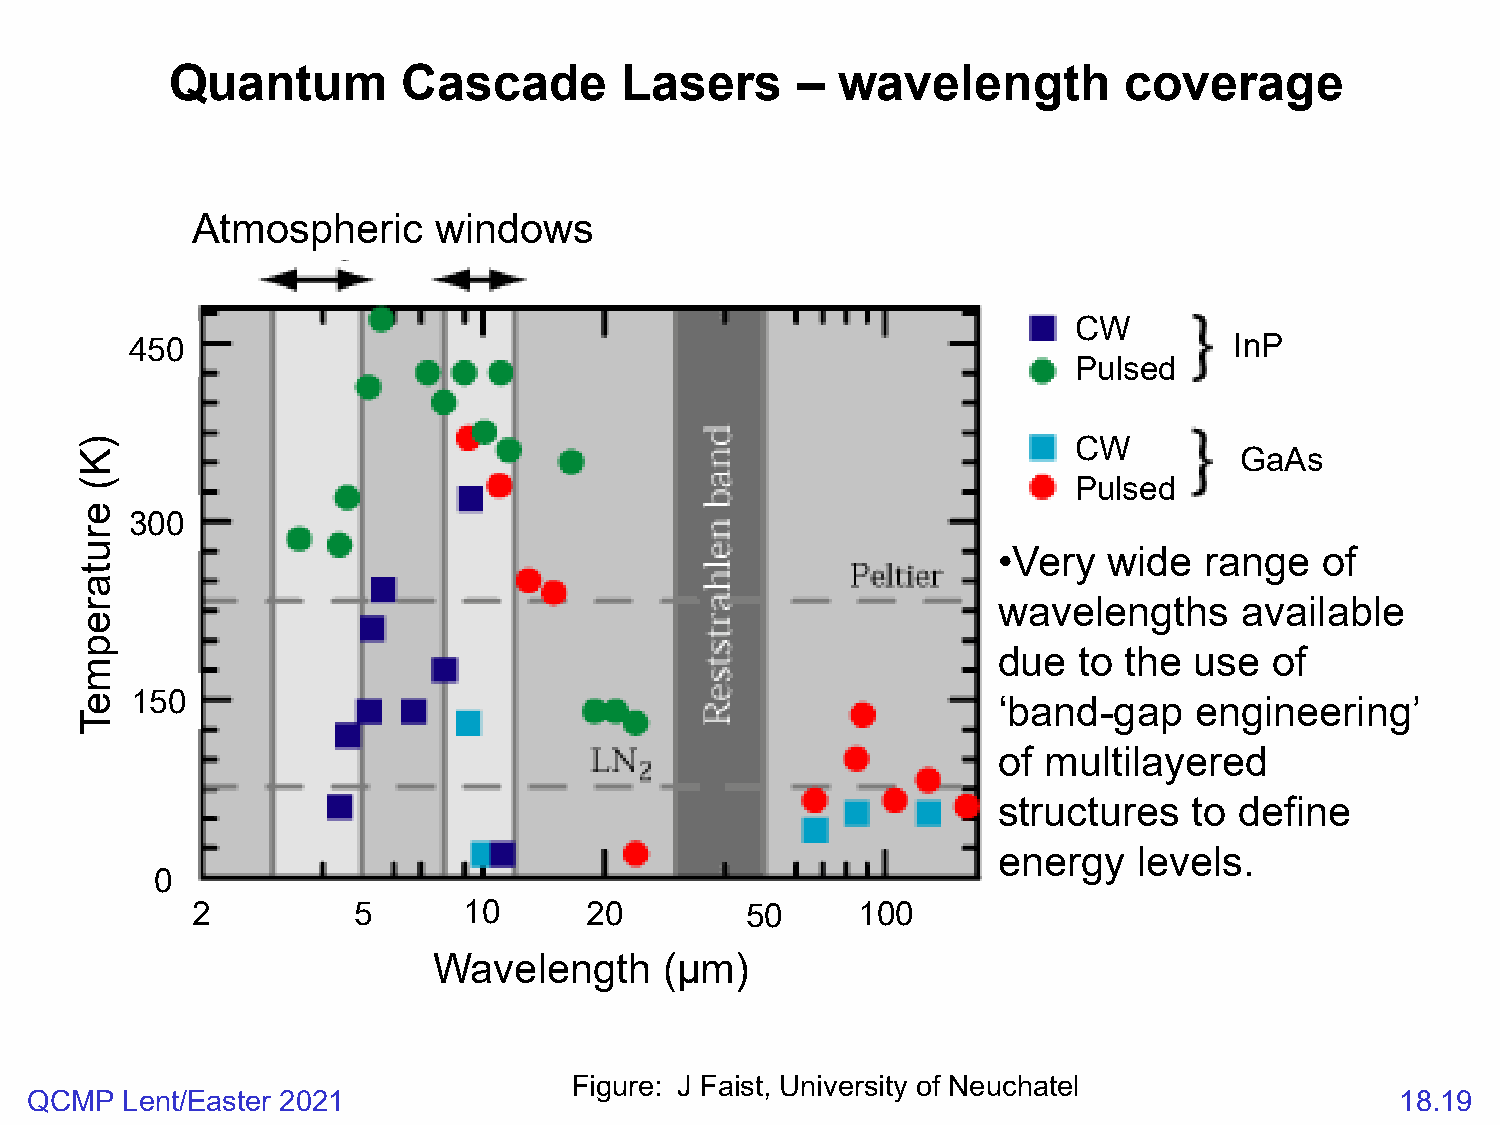
Quantum         Cascade       Lasers      –  wavelength        coverage
 Atmospheric     windows
 CW
 450                                                                      InP
 Pulsed
 CW
 GaAs
 Pulsed
 300
 •Very  wide   range   of
 wavelengths     available
 due  to the  use  of
 150
 ‘band-gap    engineering’
 of multilayered
 structures   to define
 energy   levels.
 0
 2         5       10      20        50      100
 Wavelength     (µm)
 Figure: J Faist, University of Neuchatel
 QCMP  Lent/Easter 2021                                                                     18.19
 )K(
 erutarepmeT